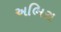
અભિરા